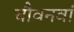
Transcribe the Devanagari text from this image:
चौवनवां